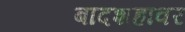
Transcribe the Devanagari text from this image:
बादशहावर